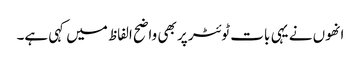
انھوں نے یہی بات ٹوئٹر پر بھی واضح الفاظ میں کہی ہے۔